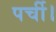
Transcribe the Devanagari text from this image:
पर्ची।